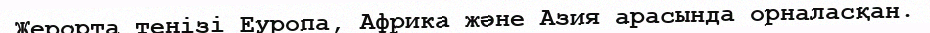
Жерорта теңізі Еуропа, Африка және Азия арасында орналасқан.